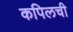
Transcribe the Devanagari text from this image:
कपिलची